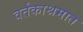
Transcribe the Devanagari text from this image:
वर्तकाश्रमात